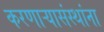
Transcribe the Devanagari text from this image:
करणाऱ्यासंस्थांना